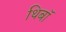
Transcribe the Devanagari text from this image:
थिबॉ